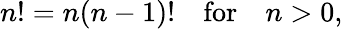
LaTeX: n!=n(n-1)!\quad{\mathrm{for}}\quad n>0,